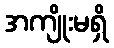
အကျိုးမရှိ